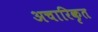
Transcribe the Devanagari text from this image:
अचारिकृत